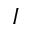
I